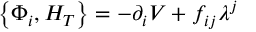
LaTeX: \left\{ \Phi _ { i } , H _ { T } \right\} = - \partial _ { i } V + f _ { i j } \lambda ^ { j }